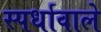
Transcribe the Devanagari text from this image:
स्पर्धावाले